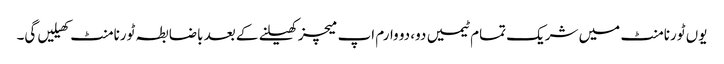
یوں ٹورنامنٹ میں شریک تمام ٹیمیں دو، دو وارم اپ میچز کھیلنے کے بعد باضابطہ ٹورنامنٹ کھیلیں گی۔